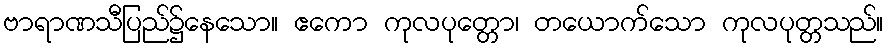
ဗာရာဏသီပြည်၌နေသော။ ဧကော ကုလပုတ္တော၊ တယောက်သော ကုလပုတ္တသည်။